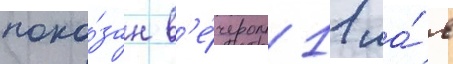
пока́зан в'е́чером 11 ма́я